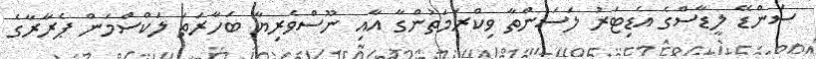
ސަންޑޭ ލީޑާސްގެ އެޑިޓަރު ލަސަންތާ ވިކްރަމަތުންގާ އާއި ނޫސްވެރިޔާ ބަހާރަތަ ލަކްސްމަން ޕެރާރާގެ